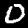
Digit: 0